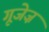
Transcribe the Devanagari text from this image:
गूजेज़